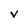
Character: V